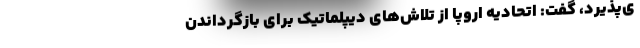
ی‌پذیرد، گفت: اتحادیه اروپا از تلاش‌های دیپلماتیک برای بازگرداندن